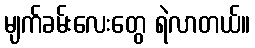
မျက်ခမ်းလေးတွေ ရဲလာတယ်။